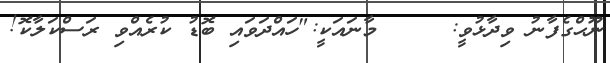
ނޫޙްގެފާނު ވިދާޅުވީ:     މާނައަކީ:"ހައްދަވައި ބޮޑު ކުރެއްވި ރަސްކަލާކޮ!